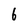
Character: 6